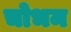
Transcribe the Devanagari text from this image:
चोभम